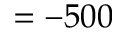
= - 5 0 0